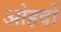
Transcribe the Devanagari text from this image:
अोहदों